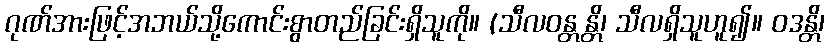
ဂုဏ်အားဖြင့်အဘယ်သို့ကောင်းစွာတည်ခြင်းရှိသူကို။ (သီလဝန္တန္တိ၊ သီလရှိသူဟူ၍။ ဝဒန္တိ၊